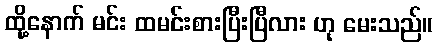
ထို့နောက် မင်း ထမင်းစားပြီးပြီလား ဟု မေးသည်။